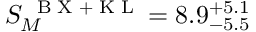
S _ { M } ^ { \mathrm { ~ \tiny ~ B ~ X ~ + ~ K ~ L ~ } } = 8 . 9 _ { - 5 . 5 } ^ { + 5 . 1 }